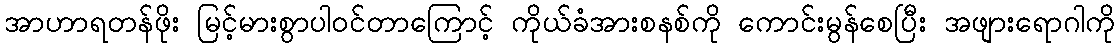
အာဟာရတန်ဖိုး မြင့်မားစွာပါဝင်တာကြောင့် ကိုယ်ခံအားစနစ်ကို ကောင်းမွန်စေပြီး အဖျားရောဂါကို